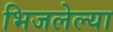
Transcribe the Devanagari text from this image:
भिजलेल्या